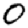
Digit: 0